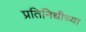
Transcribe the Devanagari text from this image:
प्रतिनिधीच्या